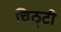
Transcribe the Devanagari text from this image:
चिठ्टी